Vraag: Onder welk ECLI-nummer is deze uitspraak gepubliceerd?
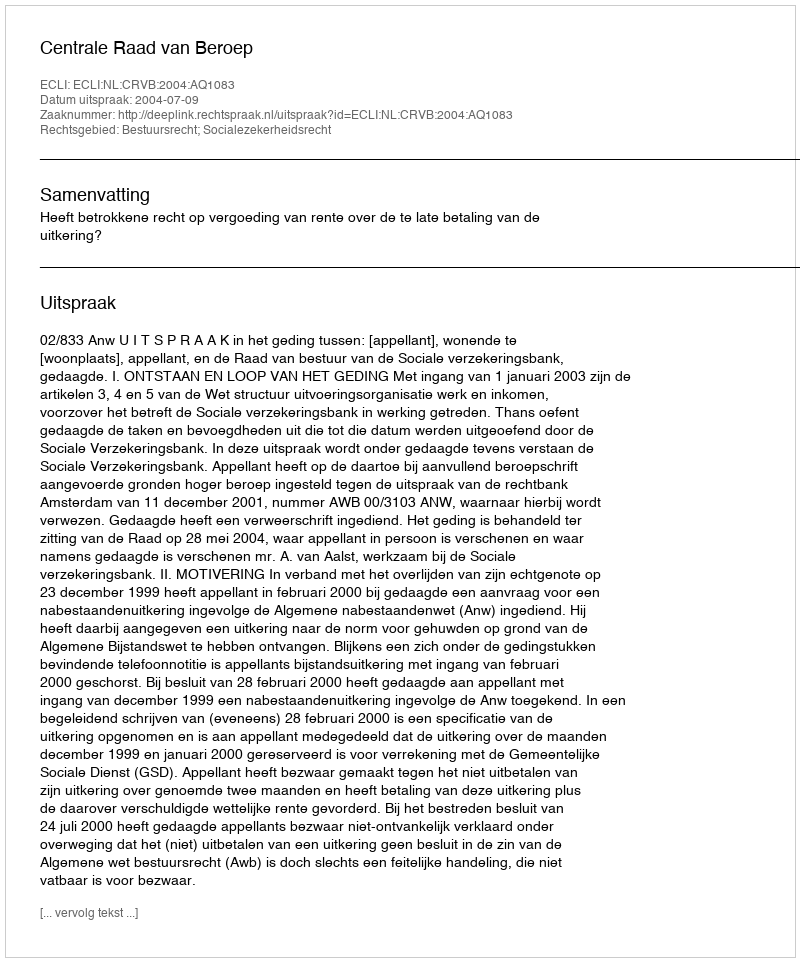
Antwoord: ECLI:NL:CRVB:2004:AQ1083